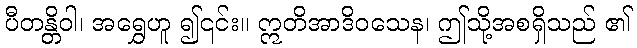
ပီတန္တိဝါ၊ အရွှေဟူ ၍၎င်း။ ဣတိအာဒိဝသေန၊ ဤသို့အစရှိသည် ၏